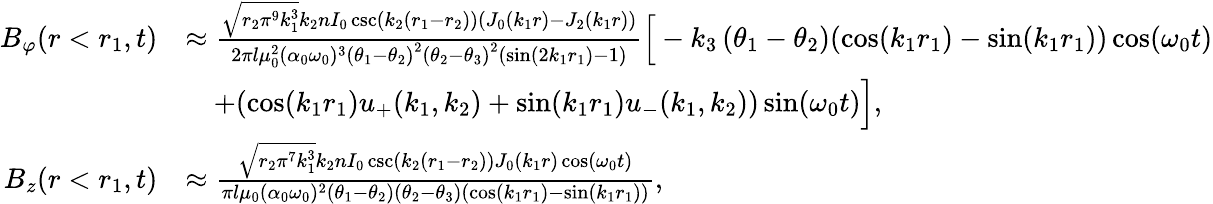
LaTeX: \begin{array}{rl}{B_{\varphi}(r<r_{1},t)}&{\approx\frac{\sqrt{r_{2}\pi^{9}k_{1}^{3}}k_{2}nI_{0}\csc(k_{2}(r_{1}-r_{2}))(J_{0}(k_{1}r)-J_{2}(k_{1}r))}{2\pi l\mu_{0}^{2}(\alpha_{0}\omega_{0})^{3}\left(\theta_{1}-\theta_{2}\right)^{2}\left(\theta_{2}-\theta_{3}\right)^{2}(\sin(2k_{1}r_{1})-1)}\Big[-k_{3}\left(\theta_{1}-\theta_{2}\right)(\cos(k_{1}r_{1})-\sin(k_{1}r_{1}))\cos(\omega_{0}t)}\\ &{\quad+(\cos(k_{1}r_{1})u_{+}(k_{1},k_{2})+\sin(k_{1}r_{1})u_{-}(k_{1},k_{2}))\sin(\omega_{0}t)\Big],}\\ {B_{z}(r<r_{1},t)}&{\approx\frac{\sqrt{r_{2}\pi^{7}k_{1}^{3}}k_{2}nI_{0}\csc(k_{2}(r_{1}-r_{2}))J_{0}(k_{1}r)\cos(\omega_{0}t)}{\pi l\mu_{0}(\alpha_{0}\omega_{0})^{2}\left(\theta_{1}-\theta_{2}\right)\left(\theta_{2}-\theta_{3}\right)(\cos(k_{1}r_{1})-\sin(k_{1}r_{1}))},}\end{array}